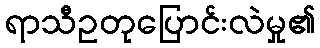
ရာသီဥတုပြောင်းလဲမှု၏